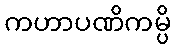
ကဟာပဏိကမ္ပိ